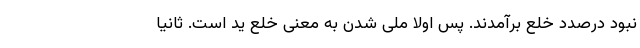
نبود درصدد خلع برآمدند. پس اولا ملی شدن به معنی خلع ید است. ثانیا